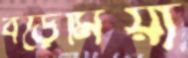
বড়েমিয়া